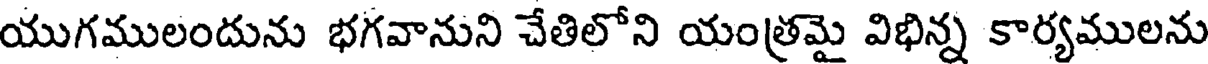
యుగములందును భగవానుని చేతిలోని యంత్రమై విభిన్న కార్యములను